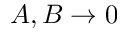
A , B \rightarrow 0